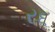
ર૬